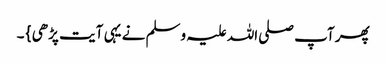
پھر آپ صلی اللہ علیہ وسلم نے یہی آیت پڑھی } ۔